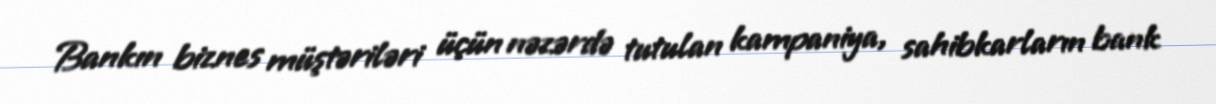
Bankın biznes müştəriləri üçün nəzərdə tutulan kampaniya, sahibkarların bank